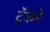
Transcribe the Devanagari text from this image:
ट्रॅकने